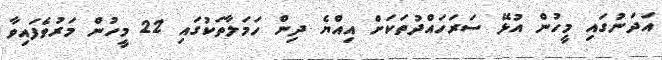
އަދަނުގައި މީހުން އުޅޭ ސަރަހައްދުތަކަށް އިއްޔެ ދިން ހަމަލާތަކުގައި 22 މީހުން މަރުވެފައިވާ